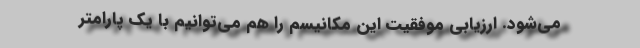
می‌شود. ارزیابی موفقیت این مکانیسم را هم می‌توانیم با یک پارامتر